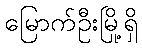
မြောက်ဦးမြို့ရှိ